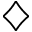
\diamondsuit